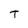
Character: T